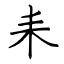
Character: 耒